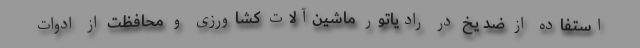
استفاده از ضد یخ در رادیاتور ماشین‌آلات کشاورزی و محافظت از ادوات